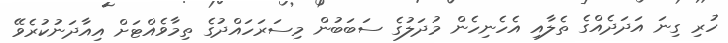
ހުރި ގިނަ އަދަދެއްގެ ތެލާއި އެހެނިހެން މުދަލުގެ ސަބަބުން މިސަރަހައްދުގެ ތިމާވެއްޓަށް އިއާދަނުކުރެވޭ